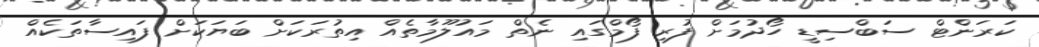
ކަރަންޓް ސަބްސިޑީ ހޯދުމަށް ފުރި ފޯމްގައި ނެތް މައުލޫމާތެއް އިތުރަކަށް ބަޔަކަށް ފައިސާތަކެއް